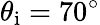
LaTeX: \theta_{\mathrm{i}}=70^{\circ}